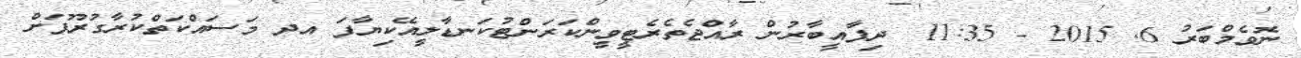
ނޮވެމްބަރު 6